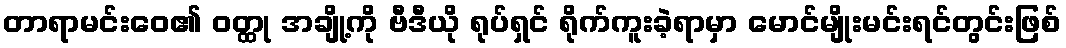
တာရာမင်းဝေ၏ ဝတ္ထု အချို့ကို ဗီဒီယို ရုပ်ရှင် ရိုက်ကူးခဲ့ရာမှာ မောင်မျိုးမင်းရင်တွင်းဖြစ်